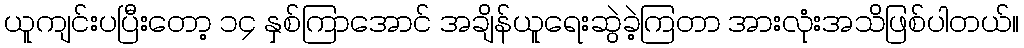
ယူကျင်းပပြီးတော့ ၁၄ နှစ်ကြာအောင် အချိန်ယူရေးဆွဲခဲ့ကြတာ အားလုံးအသိဖြစ်ပါတယ်။